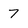
Character: 7